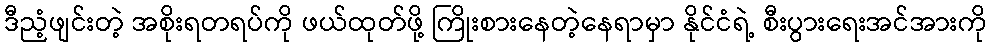
ဒီညံ့ဖျင်းတဲ့ အစိုးရတရပ်ကို ဖယ်ထုတ်ဖို့ ကြိုးစားနေတဲ့နေရာမှာ နိုင်ငံရဲ့ စီးပွားရေးအင်အားကို